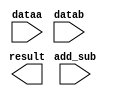
// megafunction wizard: %LPM_ADD_SUB%VBB%
// GENERATION: STANDARD
// VERSION: WM1.0
// MODULE: LPM_ADD_SUB 

// ============================================================
// Megafunction Name(s):
// 			LPM_ADD_SUB
//
// Simulation Library Files(s):
// 			lpm
// ============================================================
// ************************************************************
// THIS IS A WIZARD-GENERATED FILE. DO NOT EDIT THIS FILE!
//
// 13.0.1 Build 232 06/12/2013 SP 1 SJ Web Edition
// ************************************************************

//Copyright (C) 1991-2013 Altera Corporation
//Your use of Altera Corporation's design tools, logic functions 
//and other software and tools, and its AMPP partner logic 
//functions, and any output files from any of the foregoing 
//(including device programming or simulation files), and any 
//associated documentation or information are expressly subject 
//to the terms and conditions of the Altera Program License 
//Subscription Agreement, Altera MegaCore Function License 
//Agreement, or other applicable license agreement, including, 
//without limitation, that your use is for the sole purpose of 
//programming logic devices manufactured by Altera and sold by 
//Altera or its authorized distributors.  Please refer to the 
//applicable agreement for further details.

module ADDER_SUB (
	add_sub,
	dataa,
	datab,
	result);

	input	  add_sub;
	input	[31:0]  dataa;
	input	[31:0]  datab;
	output	[31:0]  result;

endmodule

// ============================================================
// CNX file retrieval info
// ============================================================
// Retrieval info: PRIVATE: CarryIn NUMERIC "0"
// Retrieval info: PRIVATE: CarryOut NUMERIC "0"
// Retrieval info: PRIVATE: ConstantA NUMERIC "0"
// Retrieval info: PRIVATE: ConstantB NUMERIC "0"
// Retrieval info: PRIVATE: Function NUMERIC "2"
// Retrieval info: PRIVATE: INTENDED_DEVICE_FAMILY STRING "Cyclone IV GX"
// Retrieval info: PRIVATE: LPM_PIPELINE NUMERIC "0"
// Retrieval info: PRIVATE: Latency NUMERIC "0"
// Retrieval info: PRIVATE: Overflow NUMERIC "0"
// Retrieval info: PRIVATE: RadixA NUMERIC "10"
// Retrieval info: PRIVATE: RadixB NUMERIC "10"
// Retrieval info: PRIVATE: Representation NUMERIC "0"
// Retrieval info: PRIVATE: SYNTH_WRAPPER_GEN_POSTFIX STRING "0"
// Retrieval info: PRIVATE: ValidCtA NUMERIC "0"
// Retrieval info: PRIVATE: ValidCtB NUMERIC "0"
// Retrieval info: PRIVATE: WhichConstant NUMERIC "0"
// Retrieval info: PRIVATE: aclr NUMERIC "0"
// Retrieval info: PRIVATE: clken NUMERIC "0"
// Retrieval info: PRIVATE: nBit NUMERIC "32"
// Retrieval info: PRIVATE: new_diagram STRING "1"
// Retrieval info: LIBRARY: lpm lpm.lpm_components.all
// Retrieval info: CONSTANT: LPM_DIRECTION STRING "UNUSED"
// Retrieval info: CONSTANT: LPM_HINT STRING "ONE_INPUT_IS_CONSTANT=NO,CIN_USED=NO"
// Retrieval info: CONSTANT: LPM_REPRESENTATION STRING "SIGNED"
// Retrieval info: CONSTANT: LPM_TYPE STRING "LPM_ADD_SUB"
// Retrieval info: CONSTANT: LPM_WIDTH NUMERIC "32"
// Retrieval info: USED_PORT: add_sub 0 0 0 0 INPUT NODEFVAL "add_sub"
// Retrieval info: USED_PORT: dataa 0 0 32 0 INPUT NODEFVAL "dataa[31..0]"
// Retrieval info: USED_PORT: datab 0 0 32 0 INPUT NODEFVAL "datab[31..0]"
// Retrieval info: USED_PORT: result 0 0 32 0 OUTPUT NODEFVAL "result[31..0]"
// Retrieval info: CONNECT: @add_sub 0 0 0 0 add_sub 0 0 0 0
// Retrieval info: CONNECT: @dataa 0 0 32 0 dataa 0 0 32 0
// Retrieval info: CONNECT: @datab 0 0 32 0 datab 0 0 32 0
// Retrieval info: CONNECT: result 0 0 32 0 @result 0 0 32 0
// Retrieval info: GEN_FILE: TYPE_NORMAL ADDER_SUB.v TRUE
// Retrieval info: GEN_FILE: TYPE_NORMAL ADDER_SUB.inc FALSE
// Retrieval info: GEN_FILE: TYPE_NORMAL ADDER_SUB.cmp FALSE
// Retrieval info: GEN_FILE: TYPE_NORMAL ADDER_SUB.bsf TRUE FALSE
// Retrieval info: GEN_FILE: TYPE_NORMAL ADDER_SUB_inst.v FALSE
// Retrieval info: GEN_FILE: TYPE_NORMAL ADDER_SUB_bb.v TRUE
// Retrieval info: LIB_FILE: lpm